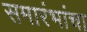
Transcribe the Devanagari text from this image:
समारंभांचा